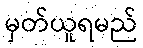
မှတ်ယူရမည်